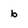
Character: b